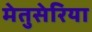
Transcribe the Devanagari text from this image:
मेतुसेरिया